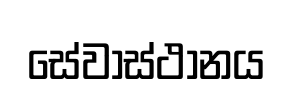
සේවාස්ථානය